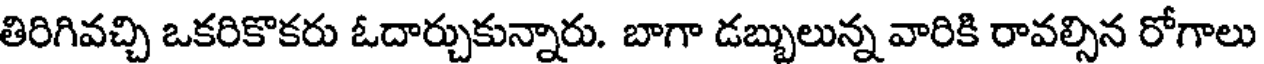
తిరిగివచ్చి ఒకరికొకరు ఓదార్చుకున్నారు. బాగా డబ్బులున్న వారికి రావల్సిన రోగాలు